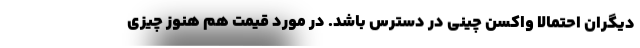
دیگران احتمالا واکسن چینی در دسترس باشد. در مورد قیمت هم هنوز چیزی